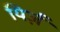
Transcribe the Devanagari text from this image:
यिर्ज़